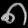
Digit: ၈